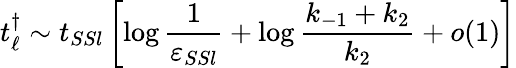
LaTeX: t_{\ell}^{\dagger}\sim t_{SSl}\left[\log\frac{1}{\varepsilon_{SSl}}+\log\frac{k_{-1}+k_{2}}{k_{2}}+o(1)\right]